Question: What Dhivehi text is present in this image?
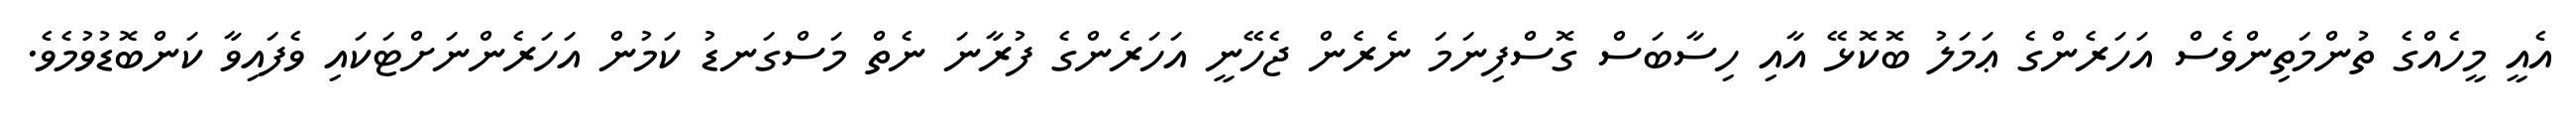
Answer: އެއީ މީހެއްގެ ތުންމަތިންވެސް އަހަރެންގެ ޢަމަލު ބޮކޮޅޭ އާއި ހިސާބަސް ގޮސްފިނަމަ ނެރެން ޖެހޭނީ އަހަރެންގެ ފުރާނަ ނެތް މަސްގަނޑު ކަމުން އަހަރެންނަށްޓަކައި ވެފައިވާ ކަންބޮޑުވުމެވެ.